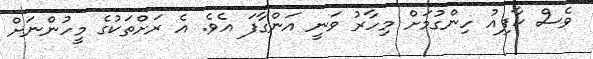
ވެސް ކާފިއު ހިންގުމަށް މިހާރު ވަނީ އަންގާފަ އެވެ. އެ ރަށްތަކުގެ މީހުންނަށް